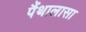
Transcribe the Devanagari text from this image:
पैंथालासा